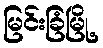
မြင်းခြံမြို့